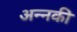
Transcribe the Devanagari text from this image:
अन्नकी